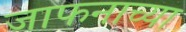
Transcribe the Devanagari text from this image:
जाफनाच्या